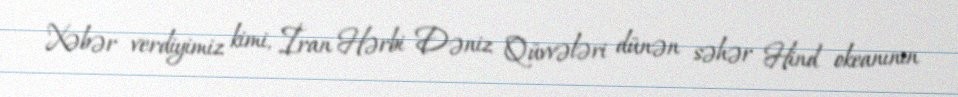
Xəbər verdiyimiz kimi, İran Hərbi Dəniz Qüvvələri dünən səhər Hind okeanının